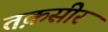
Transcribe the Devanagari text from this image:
तक़सीर